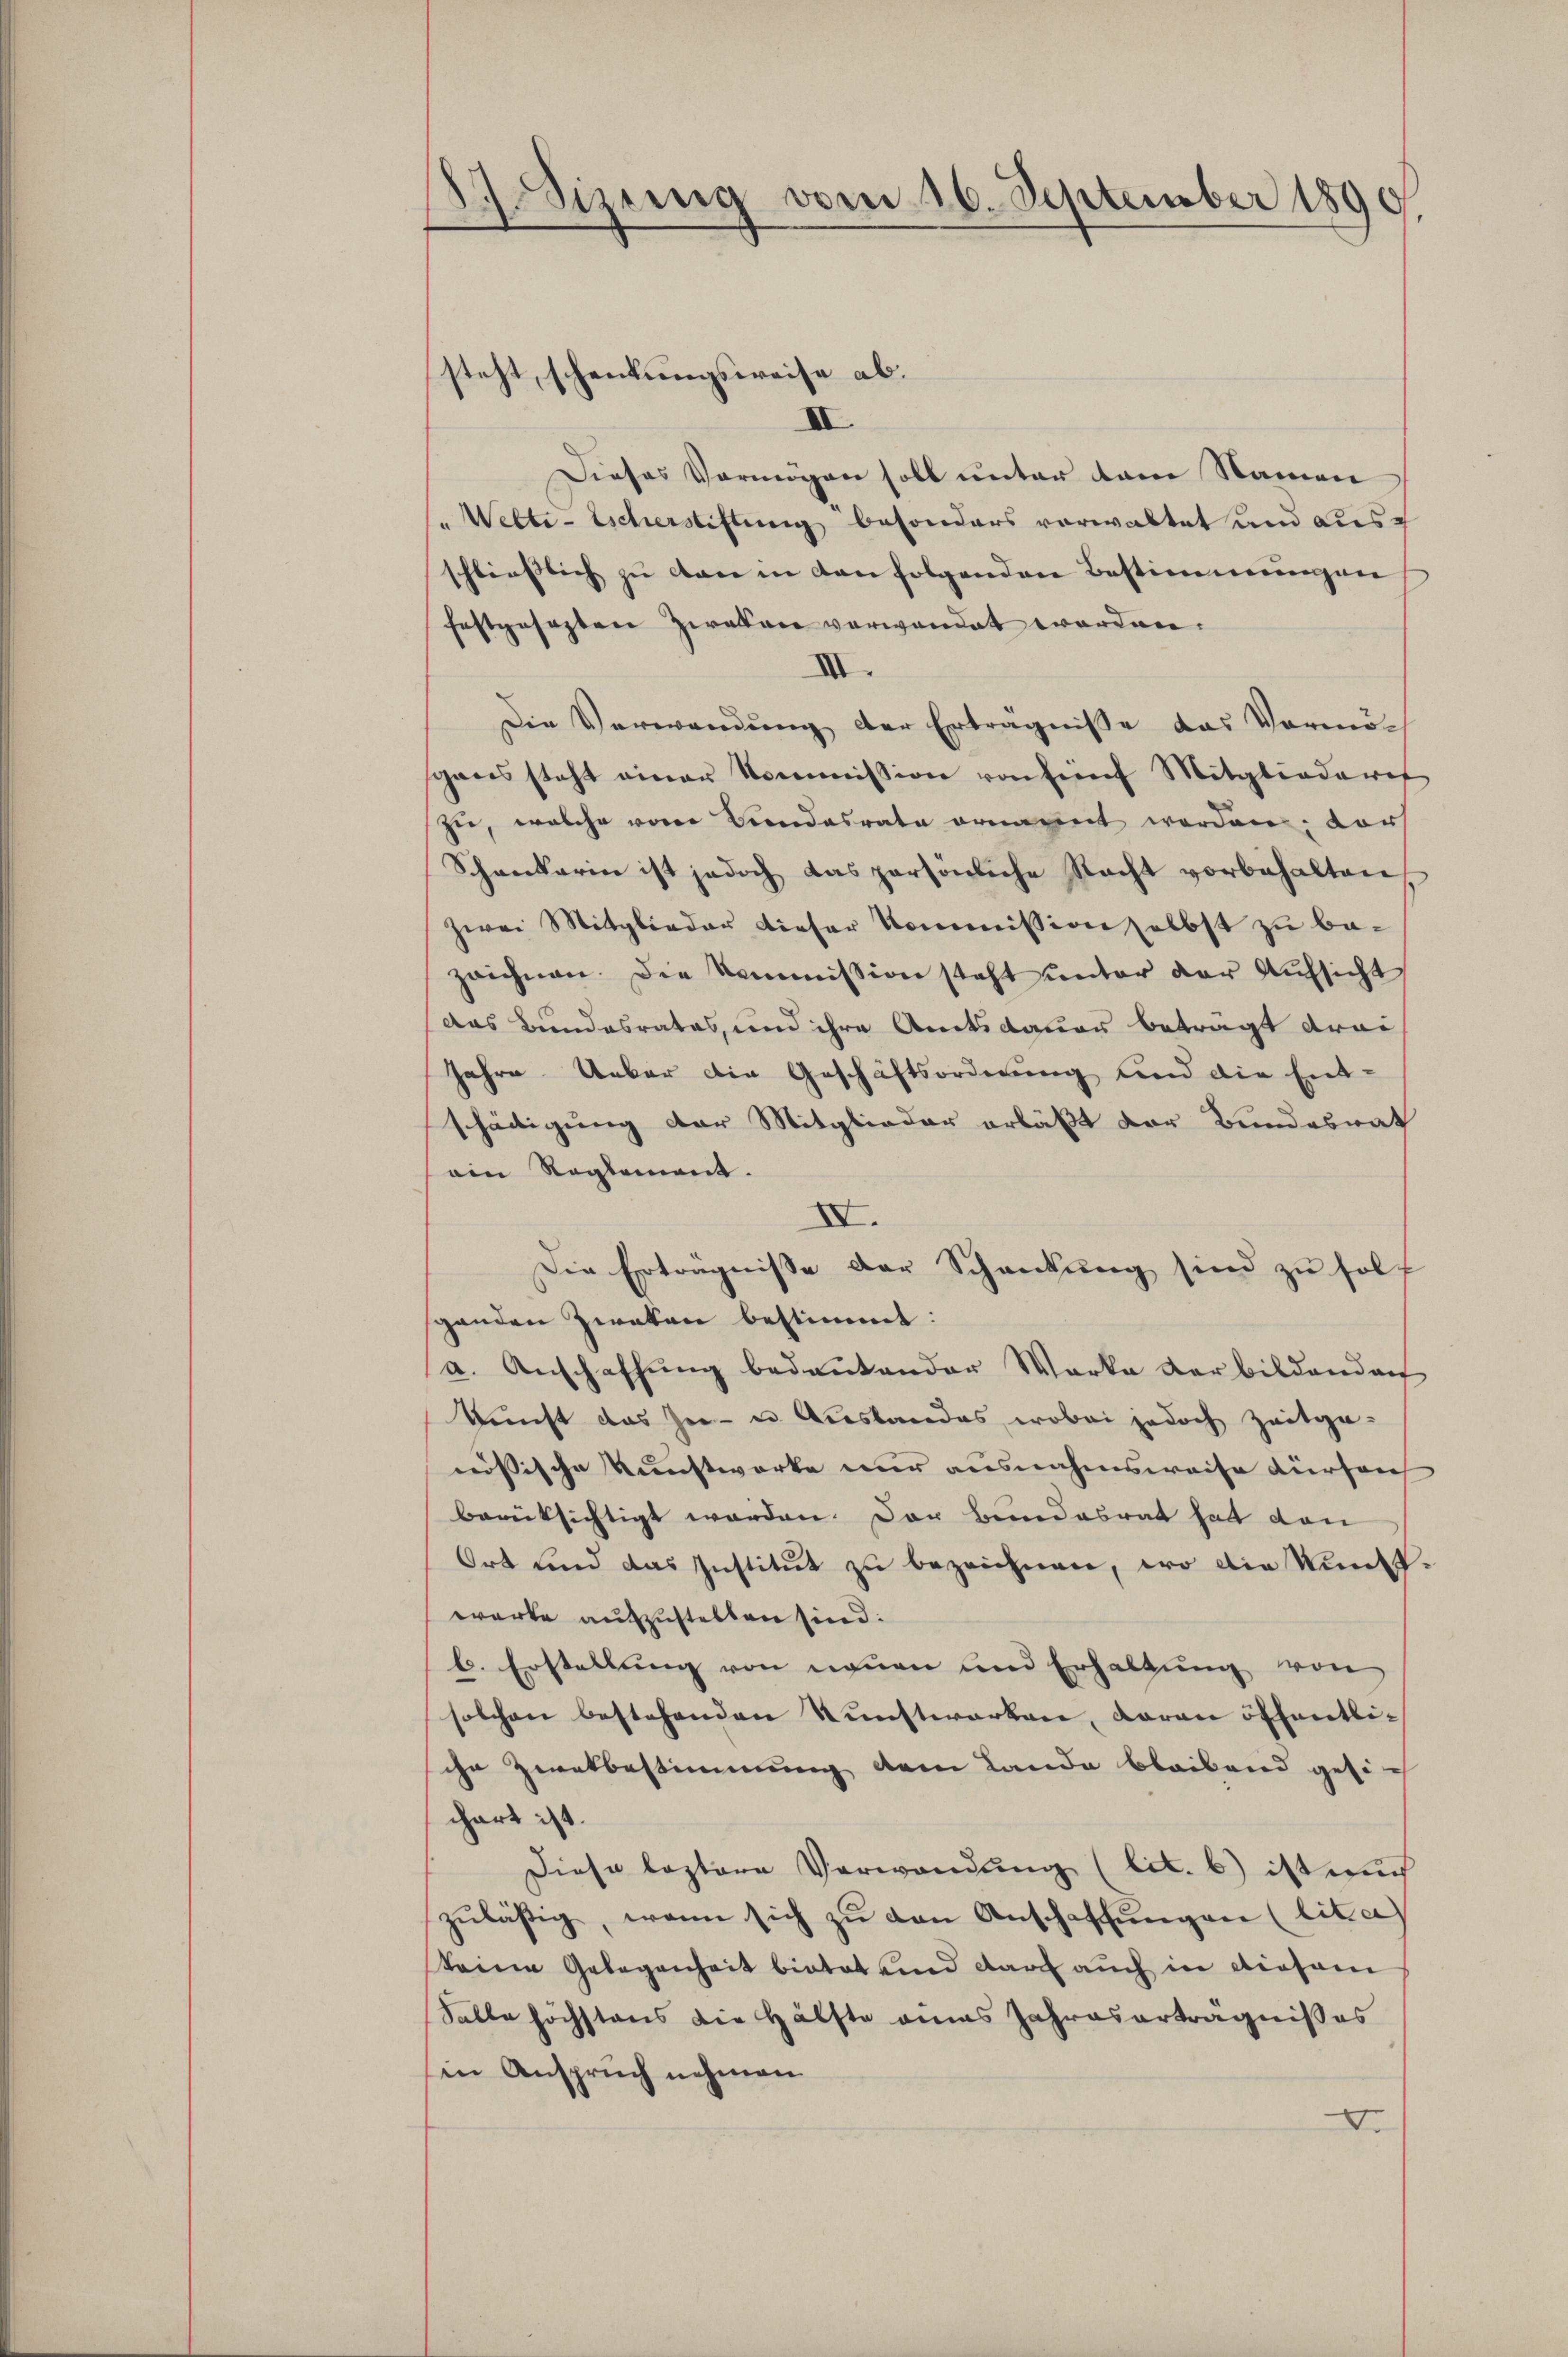
27.Sizung vom 16. September 1890

steht, schenkungsweise ab.
III.
Dieses Vermögen soll unter dem Namen
/. Welti-Escherstiftung besonders verwaltet und aus
schlieβlich zu con in den folgenden Bestimmungen
festgesezten Zweken verwandet worden.
VII.
Die Verwendung der Erträgnisse das Vermöch
gans steht einer Kommission von fünf Mitgliederet
zie, welche von Beendesrata ornannt worden, vor
Schankarin ist jedoch das persönliche Nacht vorbehalten,
zwei Mitglieder dieser Kommission selbst zu bezeichnen. Die Kommission steht unter der Aufsicht
das Bundesrates, und ihre Amtsdauer betragt droi
Jahre. Ueber die Geschäftsordnung und die Ent-
schädigung der Mitglieder erläßt der Bundesrat
ain Reglement.
IV.
Die Erträgnisse der Schenkung sind zu holt
ganden Zweken bestimmt:
a. Anschaffung bedeutender Werke der bildendan
kunft das sie - in Auslandes, wobei jedoch Zeitge-
nössische Kunstworte nur ausnahmsweise dürfen
berücksichtigt worden. Der Bundesrat hat dan
Ort und das Institut zu bezeichnen, wo die Kunst.
werke aufzustellen sind:
b. Erstellung von neuen und Erhaltung von
solchen bestehenden Kunstwerken, daran öffentliihn Zwatbestimmung dem Landa bleibend gesich
chart ist.
Diese leztere Verwandung (lit. b) ist auch
zŭläsig, wenn sich zŭ den Anschaffŭngen (lita
keine Gelegenheit bietet und durch auch in diesem
Salle höchstens die Hälfte eines Jahreserträgnisses
in Anspruch nehmen
D